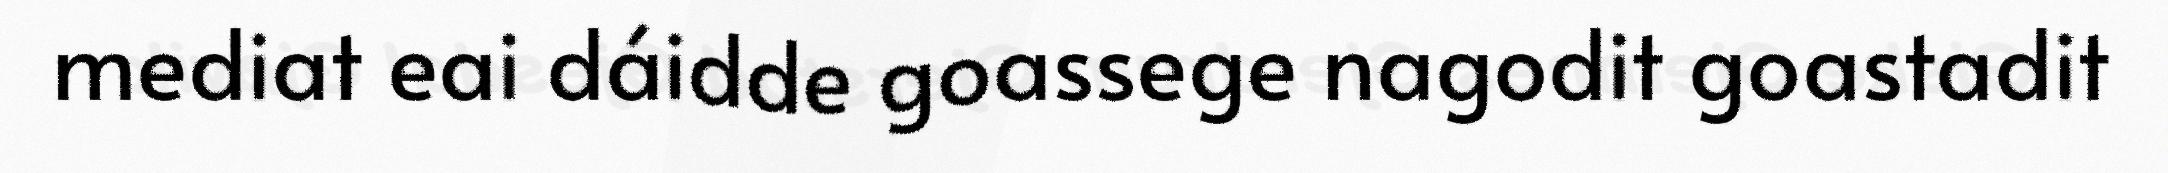
mediat eai dáidde goassege nagodit goastadit